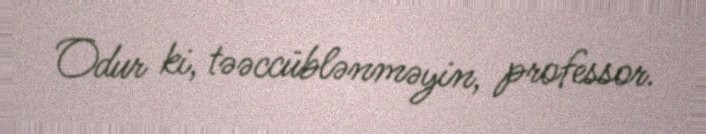
Odur ki, təəccüblənməyin, professor.